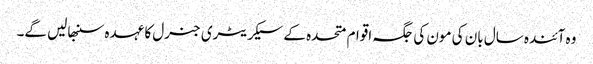
وہ آئندہ سال بان کی مون کی جگہ اقوام متحدہ کے سیکریٹری جنرل کا عہدہ سنبھالیں گے۔